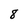
Character: 8